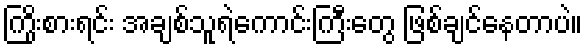
ကြိုးစားရင်း အချစ်သူရဲကောင်းကြီးတွေ ဖြစ်ချင်နေတာပဲ။